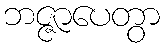
ဘဇ္ဇာပေတွာ